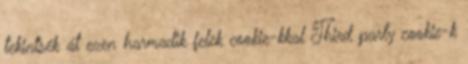
tekintsék át ezen harmadik felek cookie-kkal Third party cookie-k